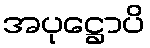
အပုဋ္ဌောပိ